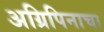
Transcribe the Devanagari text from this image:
अग्रिपिनाचा